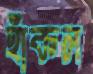
হাঁকল